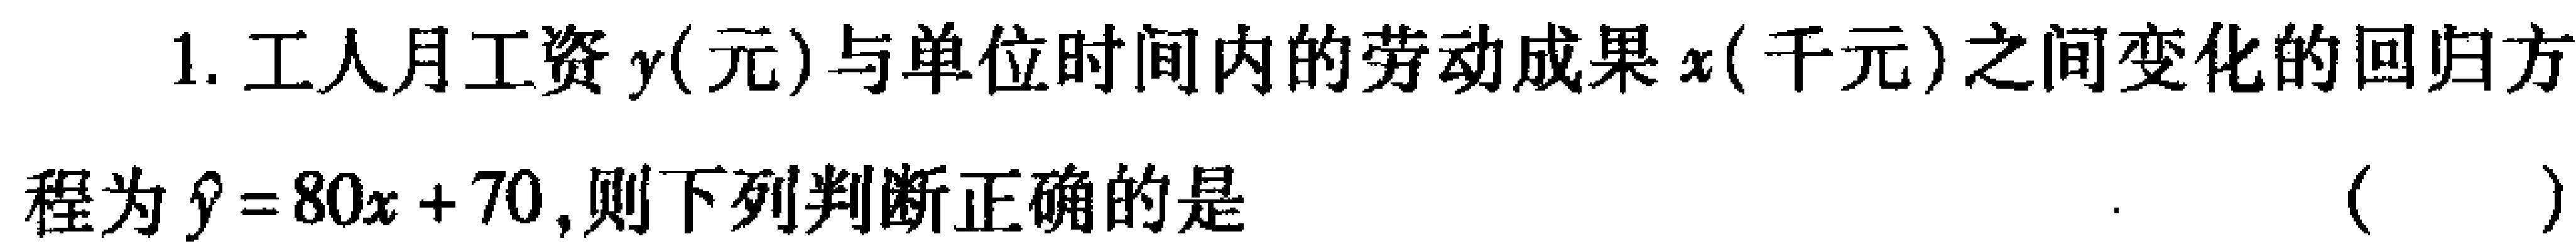
1. 工人月工资\(y\)(元)与单位时间内的劳动成果\(x\)(千元)之间变化的回归方

程为\(\hat{y}=80x + 70\)，则下列判断正确的是  (  )